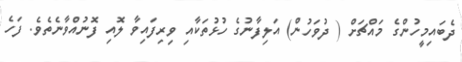
ދެބައިމީހުންގެ މައްޗަށް ( ދުވަހުން) އަލިފާނުގެ ހުޅުތަކާއި ވިރިފައިވާ ލޮއި ފޮނުއްވާނެތެވެ. ފަހެ